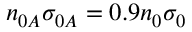
n _ { 0 A } \sigma _ { 0 A } = 0 . 9 n _ { 0 } \sigma _ { 0 }